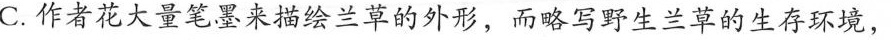
C.作者花大量笔墨来描绘兰草的外形，而略写野生兰草的生存环境，